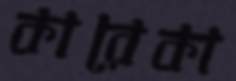
কারেকা